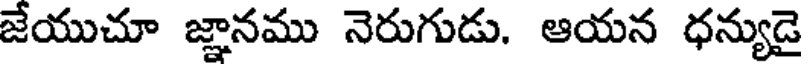
జేయుచూ జ్ఞానము నెరుగుడు. ఆయన ధన్యుడై